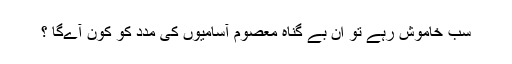
سب خاموش رہے تو ان بے گناہ معصوم آسامیوں کی مدد کو کون آےگا ؟